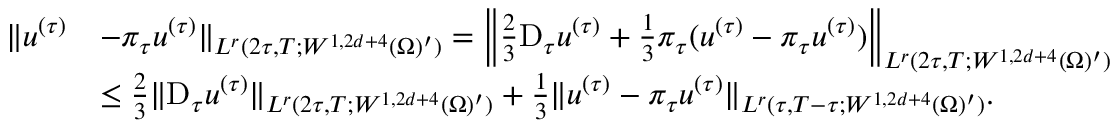
\begin{array} { r l } { \| u ^ { ( \tau ) } } & { - \pi _ { \tau } u ^ { ( \tau ) } \| _ { L ^ { r } ( 2 \tau , T ; W ^ { 1 , 2 d + 4 } ( \Omega ) ^ { \prime } ) } = \Big \| \frac 2 3 \mathrm { D } _ { \tau } u ^ { ( \tau ) } + \frac 1 3 \pi _ { \tau } ( u ^ { ( \tau ) } - \pi _ { \tau } u ^ { ( \tau ) } ) \Big \| _ { L ^ { r } ( 2 \tau , T ; W ^ { 1 , 2 d + 4 } ( \Omega ) ^ { \prime } ) } } \\ & { \le \frac 2 3 \| \mathrm { D } _ { \tau } u ^ { ( \tau ) } \| _ { L ^ { r } ( 2 \tau , T ; W ^ { 1 , 2 d + 4 } ( \Omega ) ^ { \prime } ) } + \frac 1 3 \| u ^ { ( \tau ) } - \pi _ { \tau } u ^ { ( \tau ) } \| _ { L ^ { r } ( \tau , T - \tau ; W ^ { 1 , 2 d + 4 } ( \Omega ) ^ { \prime } ) } . } \end{array}